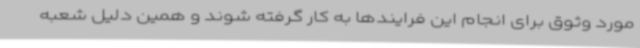
مورد وثوق برای انجام این فرایندها به کار گرفته شوند و همین دلیل شعبه